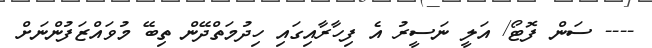
---- ސަން ފޮޓޯ/ އަލީ ނަސީރު އެ ފިހާރާއިގައި ހިދުމަތްދޭން ތިބޭ މުވައްޒަފުންނަށް